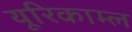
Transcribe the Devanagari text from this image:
यूरिकाम्ल